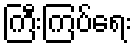
ကြီးကြပ်ရေး